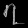
Digit: ၇